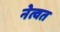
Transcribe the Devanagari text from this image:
नेत्वत